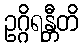
ဥဂ္ဂိရန္တီတိ